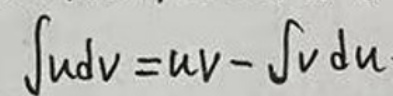
\(\int u\mathrm{d}v = uv-\int v\mathrm{d}u\)